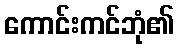
ကောင်းကင်ဘုံ၏